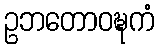
ဥဘတောဝဍ္ဎကံ